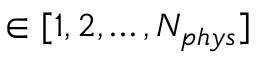
\in [ 1 , 2 , \dots , N _ { p h y s } ]